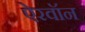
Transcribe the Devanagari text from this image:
ऐरवॉन